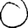
Digit: 0